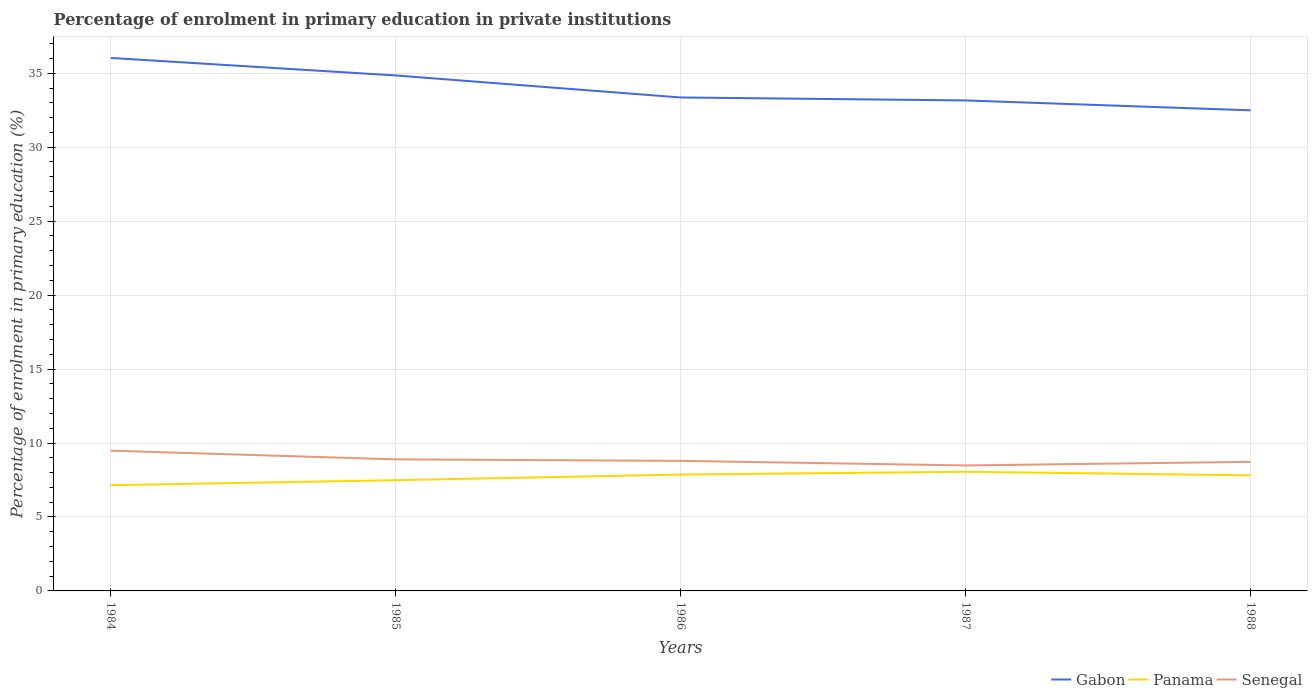
| Years | Gabon | Panama | Senegal |
 | --- | --- | --- | --- |
 | 1984 | 36 | 7.15 | 9.48 |
 | 1985 | 34.8 | 7.49 | 8.89 |
 | 1986 | 33.4 | 7.87 | 8.79 |
 | 1987 | 33.2 | 8.06 | 8.48 |
 | 1988 | 32.5 | 7.81 | 8.73 |